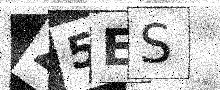
Text: Z5ES